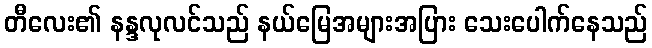
တီလေး၏ နန္ဒလုလင်သည် နယ်မြေအများအပြား သေးပေါက်နေသည်